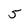
Character: 5